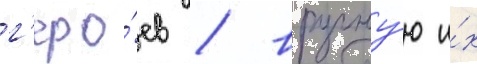
г'еро́ев / вручну́ю и́х